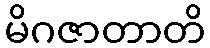
မိဂဇာတာတိ